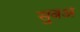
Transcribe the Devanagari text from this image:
सुबअ